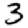
Digit: 3